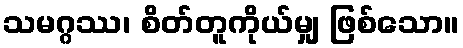
သမဂ္ဂဿ၊ စိတ်တူကိုယ်မျှ ဖြစ်သော။